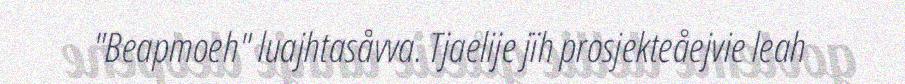
"Beapmoeh" luajhtasåvva. Tjaelije jïh prosjekteåejvie leah